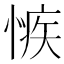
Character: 愱